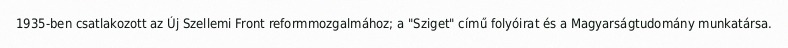
1935-ben csatlakozott az Új Szellemi Front reformmozgalmához; a "Sziget" című folyóirat és a Magyarságtudomány munkatársa.